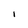
Character: l